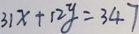
3 1 x + 1 2 y = 3 4 7